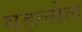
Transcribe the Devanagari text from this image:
वहलोल